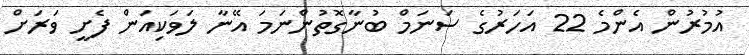
އުމުރުން އެންމެ 22 އަހަރުގެ ސަނަމް ބުނާގޮތުންނަމަ އޭނާ ލަވަކިއަން ފެށީ ވަރަށް